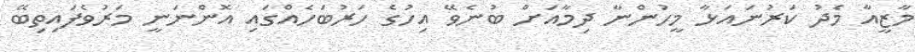
މާޒީއާ މެދު ކަރުނައަޅާ މީހުންނާ ދިމާއަށް ބުނެވޭ އިހުގެ ހަރުބަހެއްގައި އޮންނަނީ މަރުވެފައިތިބޭ